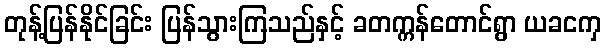
တုန့်ပြန်နိုင်ခြင်း ပြန်သွားကြသည်နှင့် ခတက္ကန်တောင်ရွာ ယခငကှ